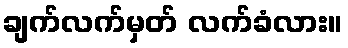
ချက်လက်မှတ် လက်ခံလား။